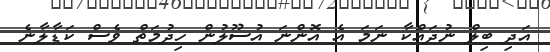
އަދި ބިލް ނުދައްކާ ނަމަ އެ އޮންނަ އުސޫލުން ހިދުމަތް ވެސް ކަޑާލާނެ